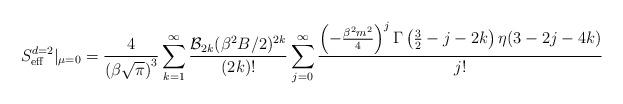
LaTeX: \begin{align*}S_{\rm eff}^{d=2}|_{\mu=0}= {4\over \left( \beta \sqrt{\pi} \right)^{3}} \sum_{k=1}^\infty{{\cal B}_{2k}(\beta^2 B / 2)^{2k}\over (2k)!} \sum_{j=0}^\infty {\left(- {\beta^2m^2\over 4}\right)^j \Gamma\left(\frac{3}{2}-j-2k\right)\eta(3-2j-4k)\over j!}\end{align*}